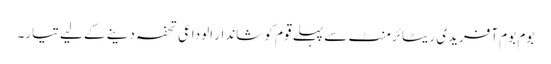
بوم بوم آفریدی ریٹائرمنٹ سے پہلے قوم کو شاندار الوداعی تحفہ دینے کے لیے تیار۔